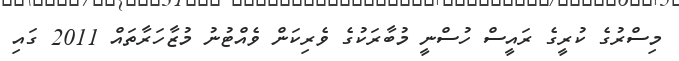
މިސްރުގެ ކުރީގެ ރައީސް ހުސްނީ މުބާރަކުގެ ވެރިކަން ވެއްޓުނު މުޒާހަރާތައް 2011 ގައި